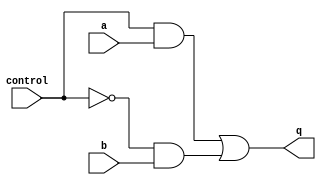
`timescale 1ns / 1ps

module mux(q, control, a, b); 
    output q; 
    reg q; 
    input control, a, b; 

wire notcontrol; 


    always @(control or notcontrol or a or b)
     
        q = (control && a) | (notcontrol && b); 
        
    not (notcontrol, control); 
    
endmodule